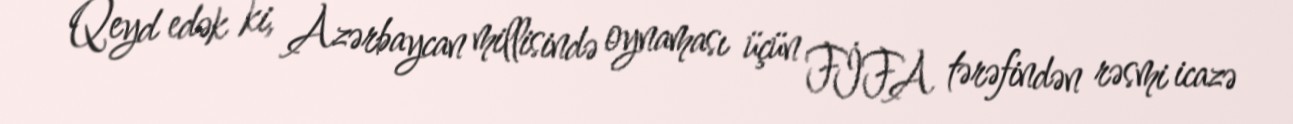
Qeyd edək ki, Azərbaycan millisində oynaması üçün FİFA tərəfindən rəsmi icazə